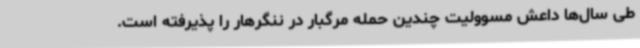
طی سال‌ها داعش مسوولیت چندین حمله مرگبار در ننگرهار را پذیرفته است.